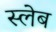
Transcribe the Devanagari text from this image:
स्लेब